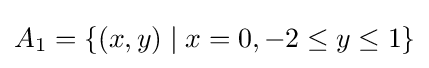
A_{1}=\{(x,y)\mid x=0,-2\leq y\leq 1\}